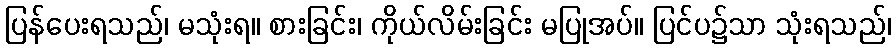
ပြန်ပေးရသည်၊ မသုံးရ။ စားခြင်း၊ ကိုယ်လိမ်းခြင်း မပြုအပ်။ ပြင်ပ၌သာ သုံးရသည်၊